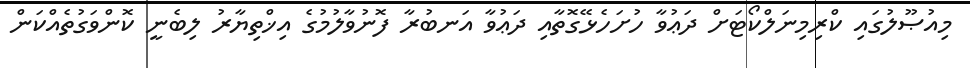
މިއުޞޫލުގައި ކްރިމިނަލްކޯޓަށް ދަޢުވާ ހުށަހެޅޭގޮތާއި ދަޢުވާ އަނބުރާ ފޮނުވާލުމުގެ އިޚްތިޔާރު ލިބެނީ ކޮންވަގުތެއްކަން